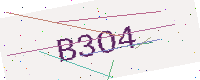
Text: B3O4